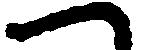
へ